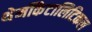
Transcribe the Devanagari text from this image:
थेर्मोकैटालिटिकल